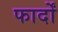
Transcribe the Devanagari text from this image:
फार्दों